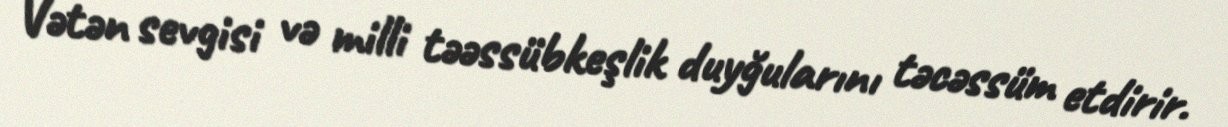
Vətən sevgisi və milli təəssübkeşlik duyğularını təcəssüm etdirir.